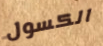
الكسول